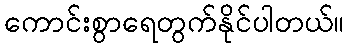
ကောင်းစွာရေတွက်နိုင်ပါတယ်။